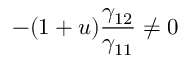
- ( 1 + u ) \frac { \gamma _ { 1 2 } } { \gamma _ { 1 1 } } \neq 0